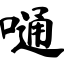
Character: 嗵